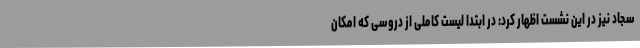
سجاد نیز در این نشست اظهار کرد: در ابتدا لیست کاملی از دروسی که امکان